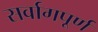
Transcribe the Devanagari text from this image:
सर्वागपूर्ण